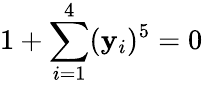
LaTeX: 1+\sum_{i=1}^{4}(\mathbf{y}_{i})^{5}=0